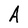
Character: A